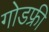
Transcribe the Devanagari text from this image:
गोडफ्री